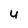
Character: u